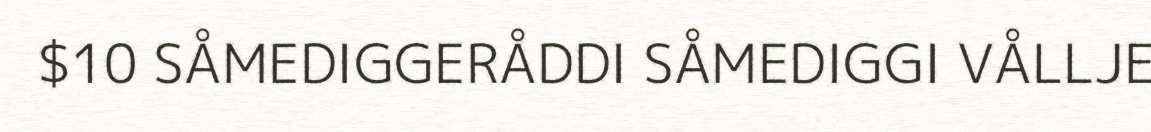
$10 SÅMEDIGGERÅDDI SÅMEDIGGI VÅLLJE